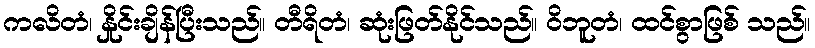
ကလိတံ၊ နှိုင်းချိန်ပြီးသည်။ တီရိတံ၊ ဆုံးဖြတ်နိုင်သည်။ ဝိဘူတံ၊ ထင်စွာဖြစ် သည်။